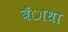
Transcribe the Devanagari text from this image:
बँाधा